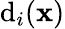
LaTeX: \mathrm{d}_{i}(\mathbf{{x}})